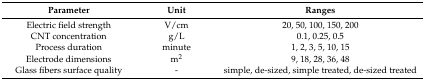
<table><thead><tr><td><b>Parameter</b></td><td><b>Unit</b></td><td><b>Ranges</b></td></tr></thead><tbody><tr><td>Electric field strength</td><td>V/cm</td><td>20, 50, 100, 150, 200</td></tr><tr><td>CNT concentration</td><td>g/L</td><td>0.1, 0.25, 0.5</td></tr><tr><td>Process duration</td><td>minute</td><td>1, 2, 3, 5, 10, 15</td></tr><tr><td>Electrode dimensions</td><td>m<sup>2</sup></td><td>9, 18, 28, 36, 48</td></tr><tr><td>Glass fibers surface quality</td><td>-</td><td>simple, de-sized, simple treated, de-sized treated</td></tr></tbody></table>